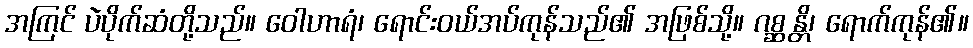
အကြင် ပဲပိုက်ဆံတို့သည်။ ဝေါဟာရံ၊ ရောင်းဝယ်အပ်ကုန်သည်၏ အဖြစ်သို့။ ဂစ္ဆန္တိ၊ ရောက်ကုန်၏။